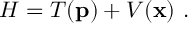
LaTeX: H = T ( { \bf p } ) + V ( { \bf x } ) \ .